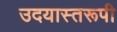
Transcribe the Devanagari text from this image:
उदयास्तरूपी